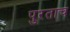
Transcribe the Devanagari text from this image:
पुरताच